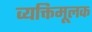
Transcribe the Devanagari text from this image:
व्यक्तिमूलक